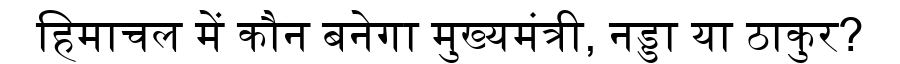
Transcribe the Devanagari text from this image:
हिमाचल में कौन बनेगा मुख्यमंत्री, नड्डा या ठाकुर?